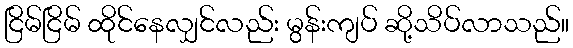
ငြိမ်ငြိမ် ထိုင်နေလျှင်လည်း မွန်းကျပ် ဆို့သိပ်လာသည်။